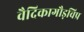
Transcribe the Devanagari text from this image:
वैदिकागौड़विप्र